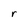
Character: r